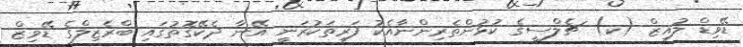
ޑޭވިޑް ލުއިޒް (ކ) ޗެލްސީގެ ކުޅުންތެރިންނާއެކު ފަރިތަކުރަނީ އޭނާ ދެކޭގޮތުގައި ބްރެޒިލްގެ ޑޭވިޒް